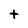
Character: t